Vaccination Hyderabad 1890-1903 - 1890-1903
Year: 1890
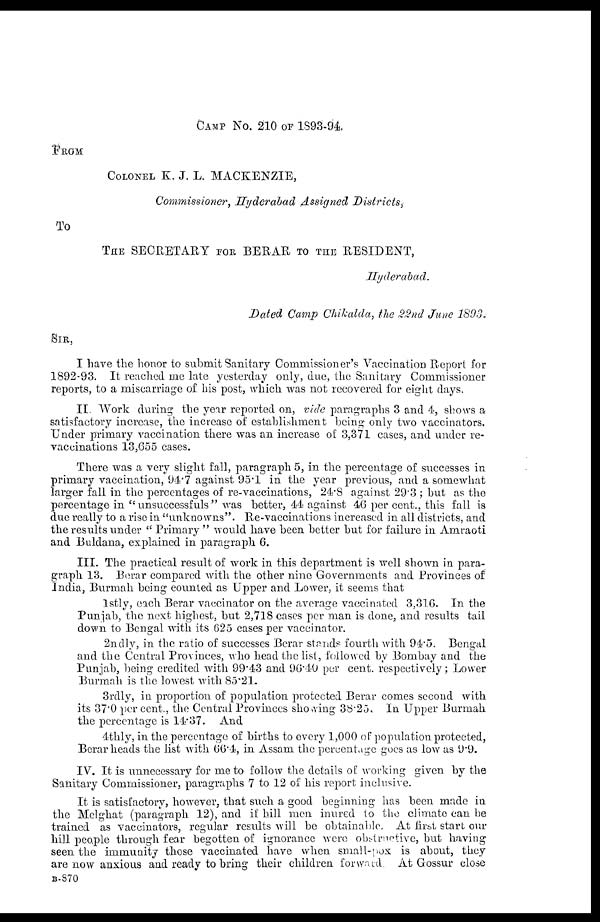
CAMP NO. 210 OF 1893-94.
FROM
COLONEL K. J. L. MACKENZIE,
Commissioner, Hyderabad Assigned Districts,
To
THE SECRETARY FOR BERAR TO THE RESIDENT,
Hyderabad.
Dated Camp Chikalda, the 22nd June 1893.
SIR,
I have the honor to submit Sanitary Commissioner's Vaccination Report for
1892-93. It reached me late yesterday only, due, the Sanitary Commissioner
reports, to a miscarriage of his post, which was not recovered for eight days.
II. Work during the year reported on, vide paragraphs 3 and 4, shows a
satisfactory increase, the increase of establishment being only two vaccinators.
Under primary vaccination there was an increase of 3,371 cases, and under re-
vaccinations 13,655 cases.
There was a very slight fall, paragraph 5, in the percentage of successes in
primary vaccination, 94.7 against 95.1 in the year previous, and a somewhat
larger fall in the percentages of re-vaccinations, 24.8 against 29.3 ; but as the
percentage in " unsuccessfuls" was better, 44 against 46 per cent., this fall is
due really to a rise in "unknowns". Re-vaccinations increased in all districts, and
the results under " Primary" would have been better but for failure in Amraoti
and Buldana, explained in paragraph 6.
III. The practical result of work in this department is well shown in para-
graph 13. Berar compared with the other nine Governments and Provinces of
India, Burmah being counted as Upper and Lower, it seems that
1stly, each Berar vaccinator on the average vaccinated 3,316. In the
Punjab, the next highest, but 2,718 cases per man is done, and results tail
down to Bengal with its 625 cases per vaccinator.
2ndly, in the ratio of successes Berar stands fourth with 94.5. Bengal
and the Central Provinces, who head the list, followed by Bombay and the
Punjab, being credited with 99.43 and 96.40 per cent. respectively; Lower
Burmah is the lowest with 85.21.
3rdly, in proportion of population protected Berar comes second with
its 37.0 per cent., the Central Provinces showing 38.25. In Upper Burmah
the percentage is 14.37. And
4thly, in the percentage of births to every 1,000 of population protected,
Berar heads the list with 66.4, in Assam the percentage goes as low as 9.9.
IV. It is unnecessary for me to follow the details of working given by the
Sanitary Commissioner, paragraphs 7 to 12 of his report inclusive.
It is satisfactory, however, that such a good beginning has been made in
the Melghat (paragraph 12), and if hill men inured to the climate can be
trained as vaccinators, regular results will be obtainable. At first start our
hill people through fear begotten of ignorance were obstructive, but having
seen the immunity those vaccinated have when small-pox is about, they
are now anxious and ready to bring their children forward. At Gossur close
B-870